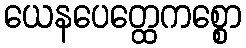
ယေနပေတ္ထေကစ္စော